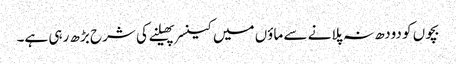
بچوں کو دودھ نہ پلانے سے ماؤں میں کینسر پھیلنے کی شرح بڑھ رہی ہے۔